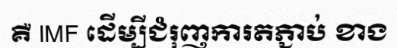
គឺ IMF ដើម្បីជំរុញការតភ្ជាប់ ខាង